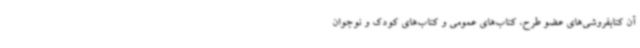
آن کتابفروشی‌های عضو طرح، کتاب‌های عمومی و کتاب‌های کودک و نوجوان